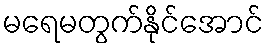
မရေမတွက်နိုင်အောင်